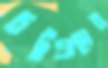
চট্ট্রগ্রামের